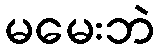
မမေးဘဲ